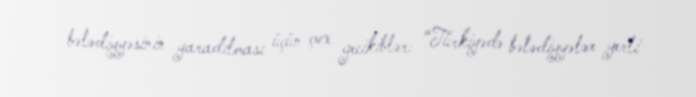
bələdiyyəsinin yaradılması üçün çox gecikiblər: “Türkiyədə bələdiyyələr yerli